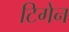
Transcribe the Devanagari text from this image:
टिगेन